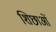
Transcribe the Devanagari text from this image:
शिछाओं